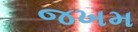
જખમ